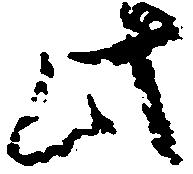
此